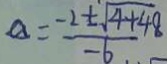
a = \frac { - 2 \pm \sqrt { 4 + 4 8 } } { - 6 }